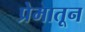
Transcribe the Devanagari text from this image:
प्रेमातून